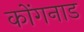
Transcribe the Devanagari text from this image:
कोंगनाड